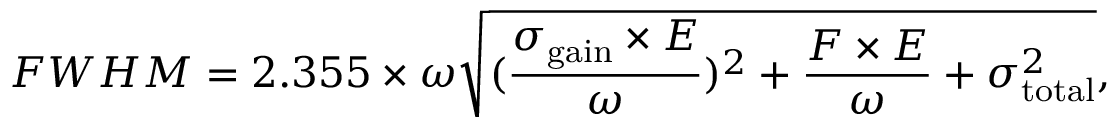
F W H M = 2 . 3 5 5 \times \omega \sqrt { ( \frac { \sigma _ { \mathrm { g a i n } } \times E } { \omega } ) ^ { 2 } + \frac { F \times E } { \omega } + \sigma _ { \mathrm { t o t a l } } ^ { 2 } } ,